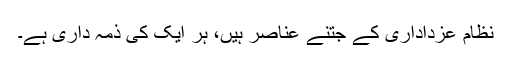
نظام عزداداری کے جتنے عناصر ہیں، ہر ایک کی ذمہ داری ہے۔